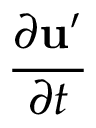
\frac { \partial \mathbf { u } ^ { \prime } } { \partial t }